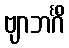
ဗျာဘင်္ဂိံ